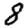
Digit: 8